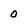
Character: 0